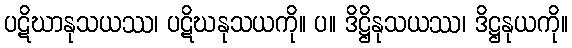
ပဋိဃာနုသယဿ၊ ပဋိဃနုသယကို။ ပ။ ဒိဋ္ဌိနုသယဿ၊ ဒိဋ္ဌနုယကို။